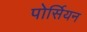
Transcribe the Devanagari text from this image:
पोर्सियन